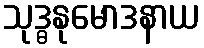
သုဒ္ဓနုမောဒနာယ